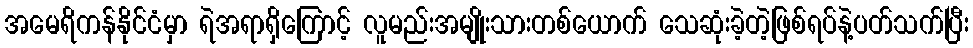
အမေရိကန်နိုင်ငံမှာ ရဲအရာရှိကြောင့် လူမည်းအမျိုးသားတစ်ယောက် သေဆုံးခဲ့တဲ့ဖြစ်ရပ်နဲ့ပတ်သက်ပြီး